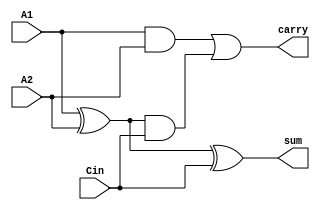
module Full_Adder ( A1 , A2 , Cin , sum , carry ) ; 
  input A1 , A2 , Cin ; 
  output sum , carry ; 
  wire w1 , w2 , w3 ;
  xor #(3) x1 ( sum , A1 , A2 , Cin ) ; 
  xor #(2) x2 (w1 , A1, A2) ; 
  and #(2) x3 (w2 , w1 , Cin )  ;
  and #(2) x4 (w3 , A1 , A2 ) ; 
  or  #(2) x5 (carry , w3 , w2 ) ; 
endmodule  

module Adder1_16bit(A,B,Cin,S,Cout); 
  input [15:0]A; 
  input [15:0]B; 
  input Cin; 
  output [15:0]S; 
  output Cout; 
  wire [0:15] w ; 
  Full_Adder f1( A[0] , B[0] , Cin , S[0] , w[0] ) ; 
  Full_Adder f2( A[1] , B[1] , w[0] , S[1] , w[1] ) ; 
  Full_Adder f3( A[2] , B[2] , w[1] , S[2] , w[2] ) ; 
  Full_Adder f4( A[3] , B[3] , w[2] , S[3] , w[3] ) ; 
  Full_Adder f5( A[4] , B[4] , w[3] , S[4] , w[4] ) ;
  Full_Adder f6( A[5] , B[5] , w[4] , S[5] , w[5] ) ;
  Full_Adder f7( A[6] , B[6] , w[5] , S[6] , w[6] ) ;
  Full_Adder f8( A[7] , B[7] , w[6] , S[7] , w[7] ) ;
  Full_Adder f9( A[8] , B[8] , w[7] , S[8] , w[8] ) ;
  Full_Adder f10( A[9] , B[9] , w[8] , S[9] , w[9] ) ;
  Full_Adder f11( A[10] , B[10] , w[9] , S[10] , w[10] ) ;
  Full_Adder f12( A[11] , B[11] , w[10] , S[11] , w[11] ) ;
  Full_Adder f13( A[12] , B[12] , w[11] , S[12] , w[12] ) ;
  Full_Adder f14( A[13] , B[13] , w[12] , S[13] , w[13] ) ;
  Full_Adder f15( A[14] , B[14] , w[13] , S[14] , w[14] ) ;
  Full_Adder f16( A[15] , B[15] , w[14] , S[15] , Cout ) ;
endmodule 

module lookahead ( A , B , Cin , Sum , carry ) ; 
  input [3:0]A ; 
  input [3:0]B; 
  input Cin ; 
  output [3:0]Sum ; 
  output carry ; 
  wire [4:0]C ;
  wire [3:0]P ;
  wire [3:0]G ;
  wire [9:0]w ; 
  and 
    #(2) a1 ( G[0] , A[0] , B[0]) , 
         a2 ( G[1] , A[1] , B[1]) ,
         a3 ( G[2] , A[2] , B[2]) ,
         a4 ( G[3] , A[3] , B[3]) ;
  xor 
    #(2) x1 ( P[0] , A[0] , B[0]) ,
         x2 ( P[1] , A[1] , B[1]) ,
         x3 ( P[2] , A[2] , B[2]) ,
         x4 ( P[3] , A[3] , B[3]) ;
  assign C[0] = Cin ; 
  and #(2) ( w[0] , C[0] , P[0] ) ; 
  or  #(2) ( C[1] , w[0] , G[0] ) ; 
  and #(2) ( w[1] , P[1] , G[0] ) ; 
  and #(3) ( w[2] , P[1] , P[0] , C[0] ) ; 
  or  #(3) ( C[2] , G[1] , w[1] , w[2] ) ; 
  and #(2) ( w[3] , P[2] , G[1] ) ;
  and #(3) ( w[4] , P[2] , P[1] , G[0] ) ; 
  and #(4) ( w[5] , P[2] , P[1] , P[0] , C[0] ) ; 
  or  #(4) ( C[3] , G[2] , w[5] , w[4] , w[3] ) ; 
  and #(2) ( w[6] , G[2] , P[3] ) ; 
  and #(3) ( w[7] , G[1] , P[3] , P[2] ) ; 
  and #(4) ( w[8] , G[0] , P[3] , P[2] , P[1] ) ; 
  and #(5) ( w[9] , C[0] , P[3] , P[2] , P[1] , P[0] ) ; 
  or  #(5) ( C[4] , G[3] , w[9] , w[8] , w[7] , w[6] ) ; 
  assign carry = C[4] ; 
  xor #(2) 
    a5 ( Sum[0] , P[0] , C[0] ) , 
    a6 ( Sum[1] , P[1] , C[1] ) , 
    a7 ( Sum[2] , P[2] , C[2] ) , 
    a8 ( Sum[3] , P[3] , C[3] ) ;  
endmodule 

module Adder2_16bit(A,B,Cin,S,Cout); 
  input [15:0]A ;  
  input [15:0]B ; 
  input Cin ;
  output [15:0]S; 
  output Cout; 
  wire [0:2]C ; 
  lookahead l1( A[3:0] , B[3:0] , Cin , S[3:0] , C[0]) ; 
  lookahead l2( A[7:4] , B[7:4] , C[0] , S[7:4] , C[1]) ;
  lookahead l3( A[11:8] , B[11:8] , C[1] , S[11:8] , C[2]) ;
  lookahead l4( A[15:12] , B[15:12] , C[2] , S[15:12] , Cout) ; 
endmodule

module Adder16_TB ; 
  reg [0:15]A1 ;
  reg [0:15]B1 ;
  reg Cin1 ; 
  wire [15:0] S1; 
  wire Cout1 ; 
  reg [15:0]A2 ;
  reg [15:0]B2 ;
  reg Cin2 ; 
  wire [15:0] S2; 
  wire Cout2 ; 
  Adder1_16bit fig1(A1,B1,Cin1,S1,Cout1) ; 
  Adder2_16bit fig2(A2,B2,Cin2,S2,Cout2) ; 
  initial 
    begin 
      #1 
        A1 = 0 ; B1 = 0 ; A2 =0 ; B2= 0 ; Cin1 = 0 ; Cin2 = 0 ;
      #99 
        $display ("test1 :  S1 :  %b%b   -   S2 : %b%b" , Cout1 ,S1 ,Cout2 , S2 ) ;
      #100 
        A1 = 16'b0010010011010111 ;
        A2 = 16'b0010010011010111 ; 
        B1 = 16'b0000001111111000 ; 
        B2 = 16'b0000001111111000 ; 
      #100
        $display ("test2 :  S1 :  %b%b   -   S2 : %b%b"   , Cout1 , S1 ,Cout2 ,  S2 ) ;  
      #100 
        A1 = 16'b1111110111101000 ; 
        A2 = 16'b1111110111101000 ;
      #200
        $display ("test3 :  S1 :  %b%b   -   S2 : %b%b"  ,Cout1 ,S1 ,Cout2 ,  S2 ) ;
       
       
    end
    
endmodule